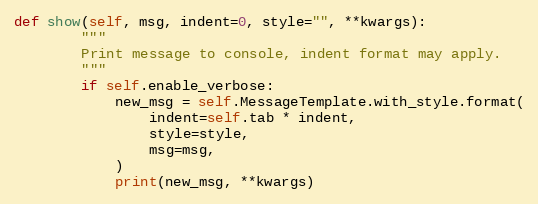
Language: Python
def show(self, msg, indent=0, style="", **kwargs):
        """
        Print message to console, indent format may apply.
        """
        if self.enable_verbose:
            new_msg = self.MessageTemplate.with_style.format(
                indent=self.tab * indent,
                style=style,
                msg=msg,
            )
            print(new_msg, **kwargs)